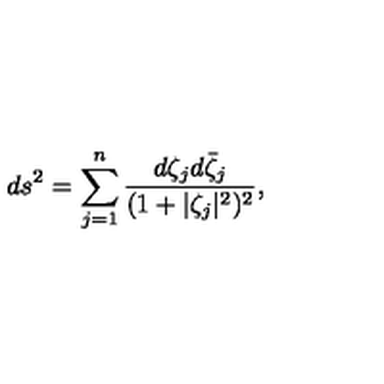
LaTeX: d s ^ { 2 } = \sum _ { j = 1 } ^ { n } \frac { d \zeta _ { j } d \bar { \zeta } _ { j } } { ( 1 + | \zeta _ { j } | ^ { 2 } ) ^ { 2 } } ,